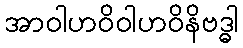
အာဝါဟဝိဝါဟဝိနိဗဒ္ဓါ